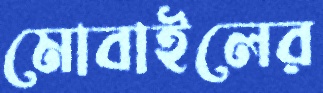
মোবাইলের